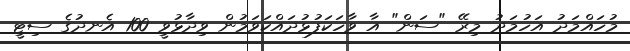
މުހައްމަދު އަހުމަދު މިރޭ "ސަން" އާ ވާހަކަފުޅުދައްކަވަމުން ވިދާޅުވީ 100 އެނދުގެ ސިޓީ